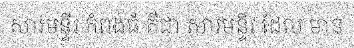
សារមន្ទីរ កំពង់ធំ គឺជា សារមន្ទីរ ដែល មាន